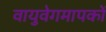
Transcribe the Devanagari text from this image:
वायुवेगमापकों